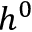
h ^ { 0 }